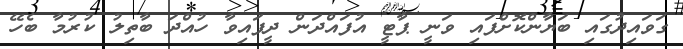
ގަވައިދުގައި ބަޔާންކޮށްފައި ވަނީ ޕާޓީ އުފައްދަން ދީފައިވާ ހުއްދަ ބާތިލު ކުރުމާ ބެހޭ